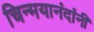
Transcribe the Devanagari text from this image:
चिन्मयानंदांनी